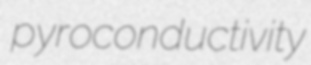
pyroconductivity